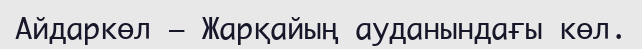
Айдаркөл — Жарқайың ауданындағы көл.